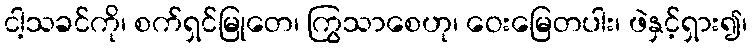
ငါ့သခင်ကို၊ စက်ရှင်မြုတေ၊ ကြွသာစေဟု၊ ဝေးမြေတပါး၊ ဖဲနှင့်ရှား၍၊